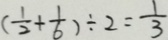
( \frac { 1 } { 2 } + \frac { 1 } { 6 } ) \div 2 = \frac { 1 } { 3 }